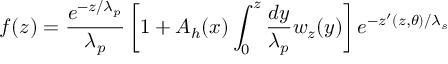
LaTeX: f ( z ) = \frac { e ^ { - z / \lambda _ { p } } } { \lambda _ { p } } \left[ 1 + A _ { h } ( x ) \int _ { 0 } ^ { z } \frac { d y } { \lambda _ { p } } w _ { z } ( y ) \right] e ^ { - z ^ { \prime } ( z , \theta ) / \lambda _ { s } }